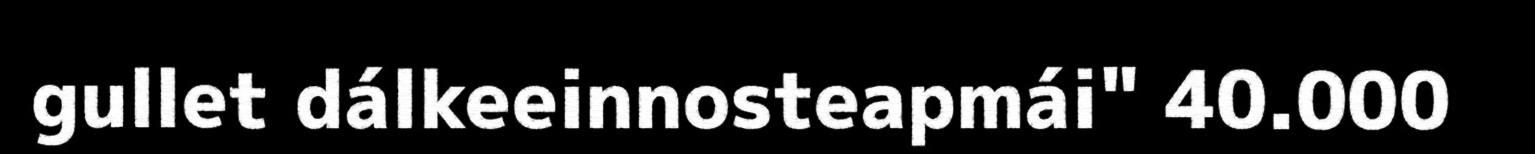
gullet dálkeeinnosteapmái" 40.000